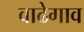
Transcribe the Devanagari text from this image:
वाढेगाव